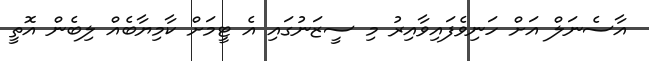
އާސެނަލް އަށް ހަނިވެފައިވާއިރު މި ސީޒަނުގައި އެ ޓީމަށް ކާމިޔާބެއް ލިބެން އޮތީ